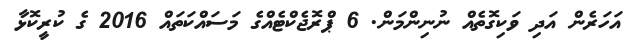
އަހަރެން އަދި ވަކިގޮތެއް ނުނިންމަން. 6 ޕްރޮޖެކްޓެއްގެ މަސައްކަތައް 2016 ގެ ކުރީކޮޅާ